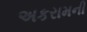
અકરામની